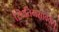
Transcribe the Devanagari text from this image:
स्थितिमसाववे्र।